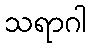
သရာဂါ